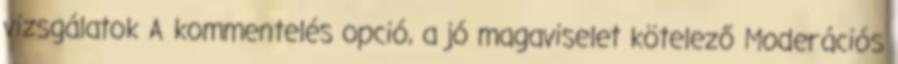
vizsgálatok A kommentelés opció, a jó magaviselet kötelező Moderációs